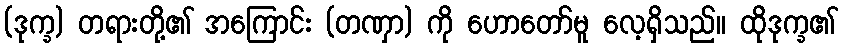
(ဒုက္ခ) တရားတို့၏ အကြောင်း (တဏှာ) ကို ဟောတော်မူ လေ့ရှိသည်။ ထိုဒုက္ခ၏